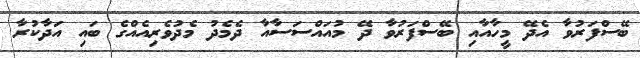
ބޭސްފަރުވާ އެދޭ މީހާއާއި ބޭސްފަރުވާ ދޭ މުއައްސަސާއާ ދެމެދު މެދުވެރިއެއްގެ ބައި އަދާކުރާ